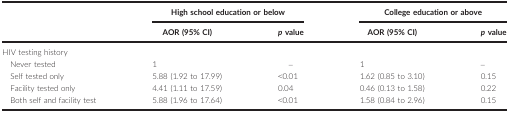
<table><thead><tr><td></td><td colspan="2"><b>High school education or below</b></td><td colspan="2"><b>College education or above</b></td></tr><tr><td></td><td><b>AOR (95% CI)</b></td><td><b><i>p</i> value</b></td><td><b>AOR (95% CI)</b></td><td><b><i>p</i> value</b></td></tr></thead><tbody><tr><td colspan="5">HIV testing history</td></tr><tr><td>Never tested</td><td>1</td><td>–</td><td>1</td><td>–</td></tr><tr><td>Self tested only</td><td>5.88 (1.92 to 17.99)</td><td>&lt;0.01</td><td>1.62 (0.85 to 3.10)</td><td>0.15</td></tr><tr><td>Facility tested only</td><td>4.41 (1.11 to 17.59)</td><td>0.04</td><td>0.46 (0.13 to 1.58)</td><td>0.22</td></tr><tr><td>Both self and facility test</td><td>5.88 (1.96 to 17.64)</td><td>&lt;0.01</td><td>1.58 (0.84 to 2.96)</td><td>0.15</td></tr></tbody></table>